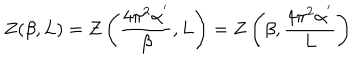
LaTeX: Z ( \beta , L ) = Z \left( \frac { 4 \pi ^ { 2 } \alpha ^ { ' } } { \beta } , L \right) = Z \left( \beta , \frac { 4 \pi ^ { 2 } \alpha ^ { ' } } { L } \right)